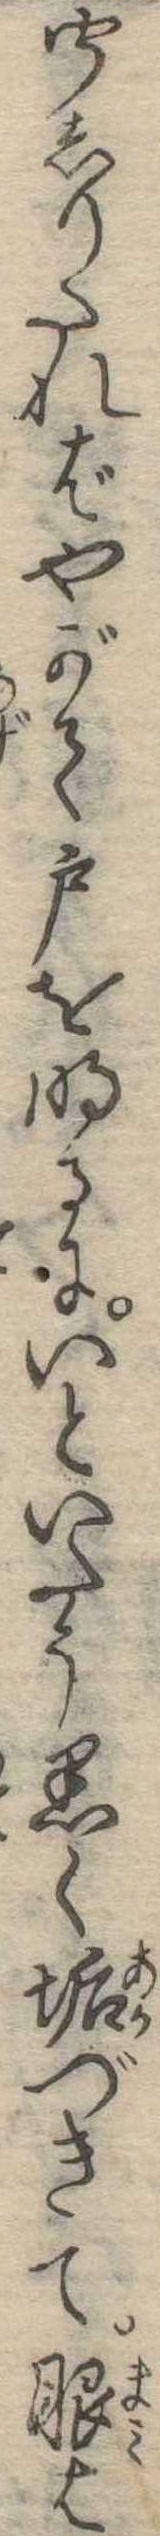
聞しりたればやがて戸を明るにいといたう黒く垢づきて眼は